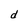
Character: d